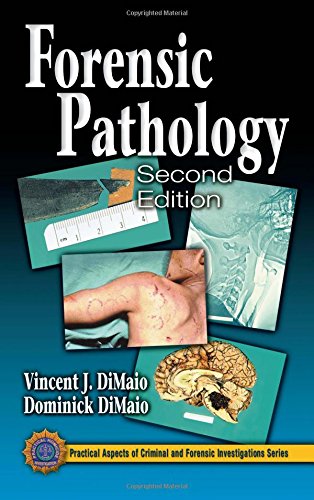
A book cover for Forensic Pathology, Second Edition (Practical Aspects of Criminal and Forensic Investigations); Dominick DiMaio; Law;